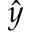
\hat { y }